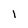
Character: 1